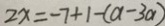
2 x = - 7 + 1 - ( a - 3 a )